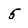
Character: 5